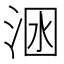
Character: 𣴺